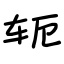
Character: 轭